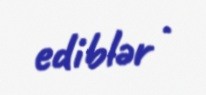
ediblər .